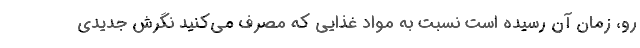
رو، زمان آن رسیده است نسبت به مواد غذایی که مصرف می‌کنید نگرش جدیدی